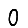
Digit: 0